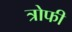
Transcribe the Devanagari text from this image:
त्रोफी